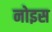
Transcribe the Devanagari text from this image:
नोइस